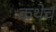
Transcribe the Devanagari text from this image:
कथेचं